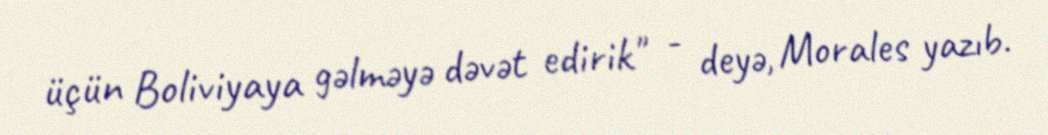
üçün Boliviyaya gəlməyə dəvət edirik" - deyə, Morales yazıb.